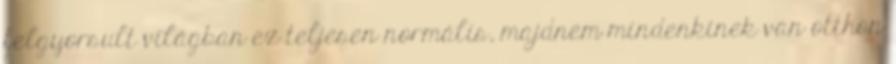
felgyorsult világban ez teljesen normális, majdnem mindenkinek van otthon